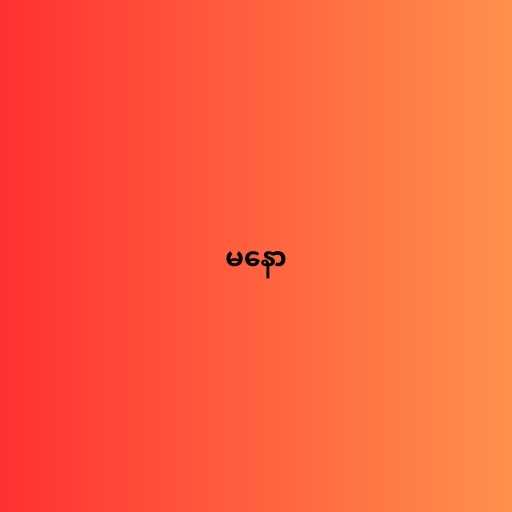
မနော